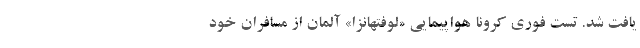
یافت شد. تست فوری کرونا هواپیمایی «لوفتهانزا» آلمان از مسافران خود